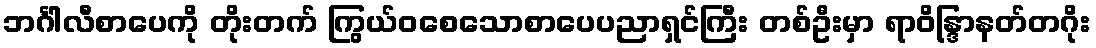
ဘင်္ဂါလီစာပေကို တိုးတက် ကြွယ်ဝစေသောစာပေပညာရှင်ကြီး တစ်ဦးမှာ ရာဝိန္ဒြာနတ်တဂိုး